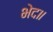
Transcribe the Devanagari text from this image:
भेद॥